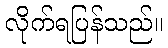
လိုက်ရပြန်သည်။